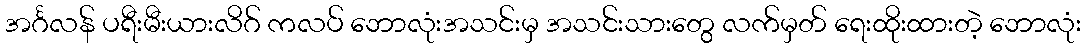
အင်္ဂလန် ပရီးမီးယားလိဂ် ကလပ် ဘောလုံးအသင်းမှ အသင်းသားတွေ လက်မှတ် ရေးထိုးထားတဲ့ ဘောလုံး